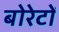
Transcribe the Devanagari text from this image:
बोरेटों